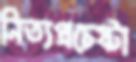
নিত্যপ্রচেষ্টা